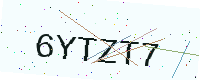
Text: 6YTZT7